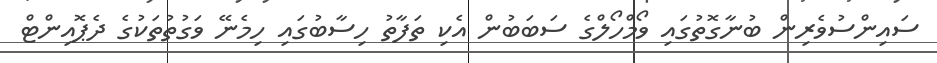
ސައިންސުވެރިން ބުނާގޮތުގައި ވޯމްހޯލްގެ ސަބަބުން އެކި ތަފާތު ހިސާބުގައި ހިމެނޭ ވަގުތުތަކުގެ ދެޕޮއިންޓް